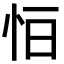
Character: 𢘆